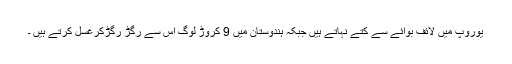
یوروپ میں لائف بوائے سے کتے نہاتے ہیں جبکہ ہندوستان میں 9 کروڑ لوگ اس سے رگڑ رگڑکرغسل کرتے ہیں ۔